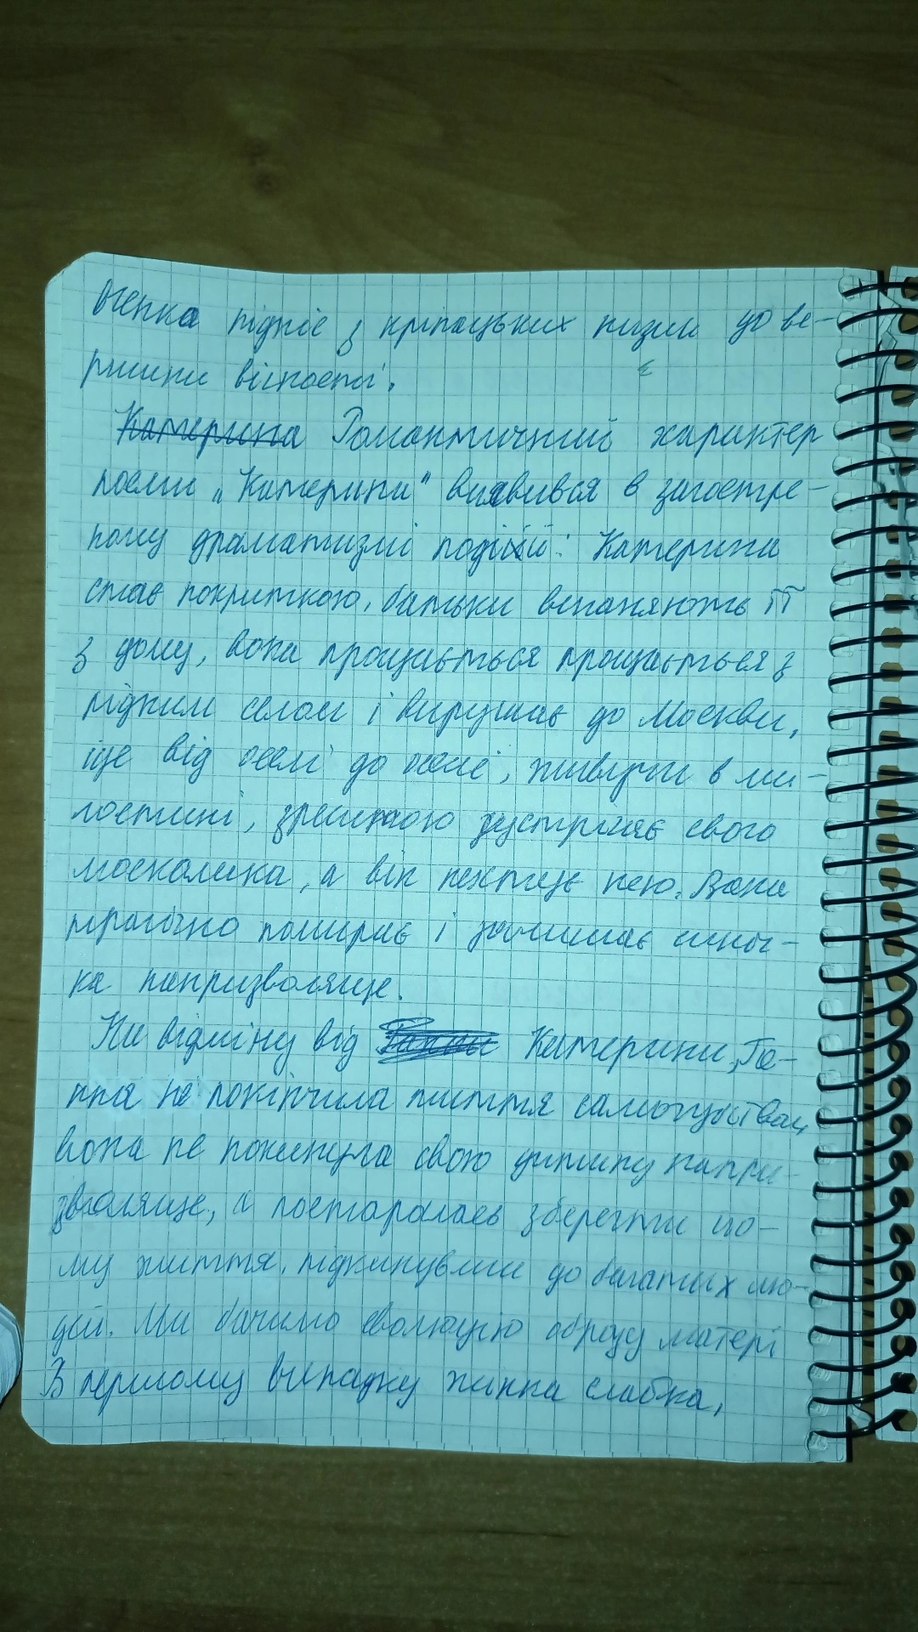
ршини [Illegible] .
є
~~Катерина~~ Романтичний характер
поеми "Катерини" виявився в загостре-
пому драматизмі поді~~й~~й: Катерини
стає покриткою, батьки виганяють її
з дому, вона прощається прощається з
рідним селом і вирушає до Москви,
ще від оселі до мене, пливучи в ми-
лостині, зрештою зустрічаю свого
москалика, а він нехтує нею. Вона
трагічно помирає і залишає синоч-
ка напризволяще.
На відміну від ~~Ганни~~  Катерини, Га-
нна не покінчила життя самогубством
вона не покинула свою дитину напри-
зволяще, а постаралась зберегти ио-
му життя, підкинувши до багатих лю-
дей. Ми бачимо еволюцію образу матері
В першому випадку жинка слабка,